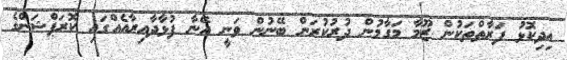
އިދިކޮޅު ފަރާތްތަކުން ޒޫމާ މަގާމުން ދުރުކުރަން ބޭނުން ވަނީ އޭނާ ފުޅާދާއިރާއެއްގައި ކޮރަޕްޝަންގެ